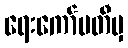
ရေးကော်မတီမှ